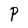
Character: P